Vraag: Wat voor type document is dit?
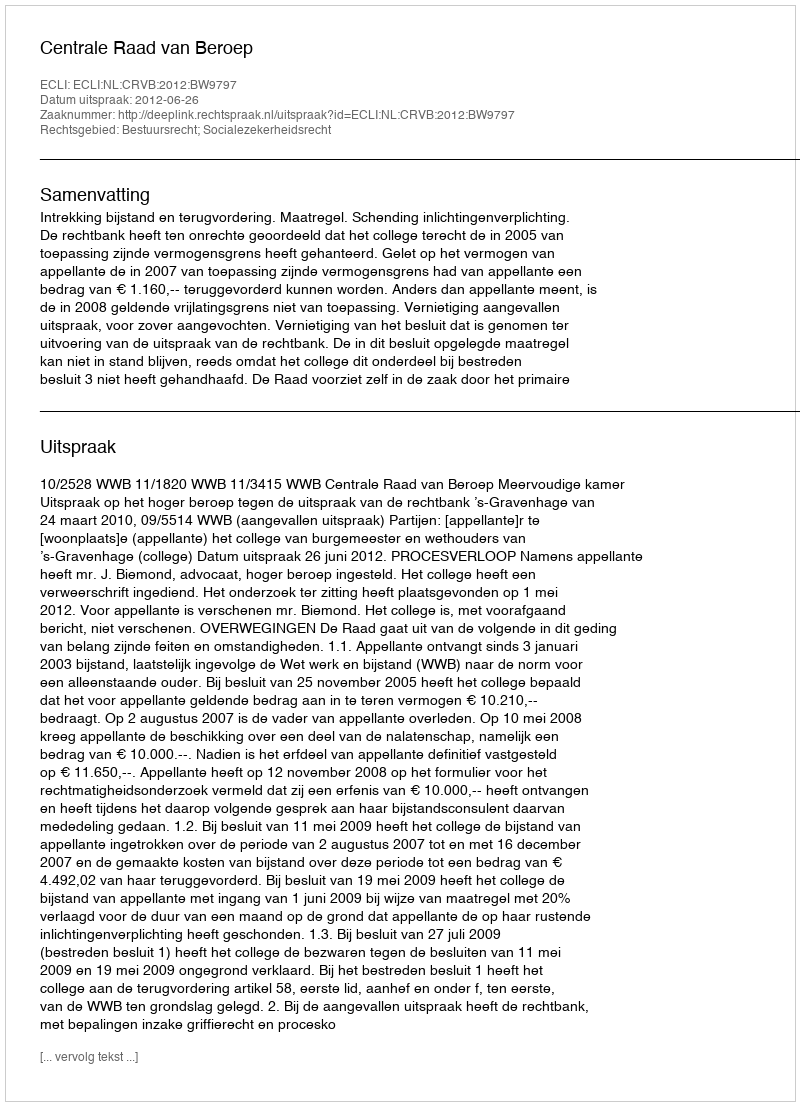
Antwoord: Uitspraak